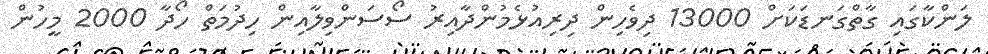
ލަންކާގައި ގާތްގަނޑަކަށް 13000 ދިވެހިން ދިރިއުޅެމުންދާއިރު ސޯސަންވިލާއިން ހިދުމަތް ހޯދާ 2000 މީހުން